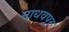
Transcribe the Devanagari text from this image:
माधवपूर